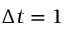
\Delta t = 1